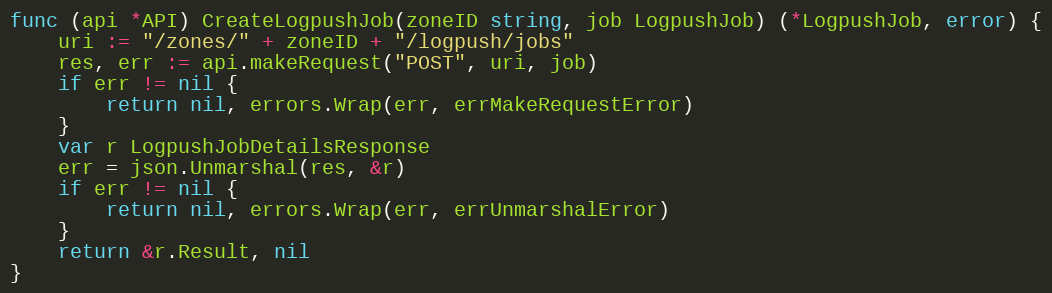
Language: Go
func (api *API) CreateLogpushJob(zoneID string, job LogpushJob) (*LogpushJob, error) {
	uri := "/zones/" + zoneID + "/logpush/jobs"
	res, err := api.makeRequest("POST", uri, job)
	if err != nil {
		return nil, errors.Wrap(err, errMakeRequestError)
	}
	var r LogpushJobDetailsResponse
	err = json.Unmarshal(res, &r)
	if err != nil {
		return nil, errors.Wrap(err, errUnmarshalError)
	}
	return &r.Result, nil
}